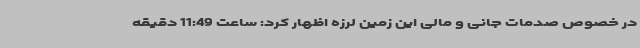
در خصوص صدمات جانی و مالی این زمین لرزه اظهار کرد: ساعت 11:49 دقیقه